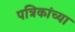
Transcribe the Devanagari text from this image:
पत्रिकांच्या